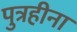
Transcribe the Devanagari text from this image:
पुत्रहीना